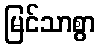
မြင်သာစွာ